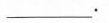
___.